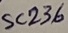
Text: SC236